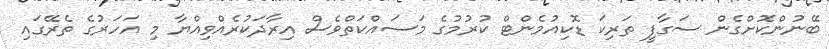
ބޭނުންކޮށްގެން ސަގާފީ ތަރިކަ ޑޮކިއުމެންޓް ކުރުމުގެ މަސައްކަތްވެސް އިރާދަކުރެއްވިއްޔާ މި އަހަރުގެ ތެރޭގައި